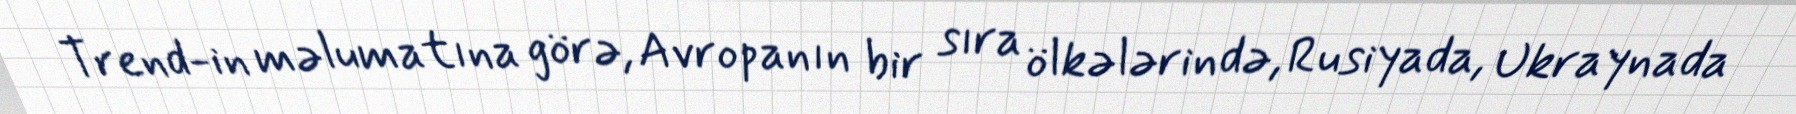
Trend-in məlumatına görə, Avropanın bir sıra ölkələrində, Rusiyada, Ukraynada